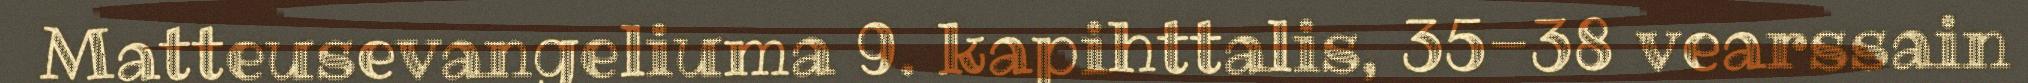
Matteusevangeliuma 9. kapihttalis, 35-38 vearssain